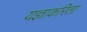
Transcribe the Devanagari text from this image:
यज्ञाकरिता